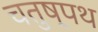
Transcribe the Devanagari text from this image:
चतुष्पथ